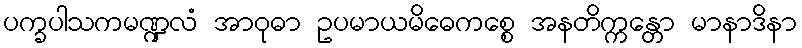
ပက္ခပါသကမဏ္ဍလံ အာဝုဓာ ဥပမာယမိဓေကစ္စေ အနတိက္ကန္တော မာနာဒိနာ